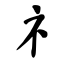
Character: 礻